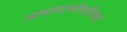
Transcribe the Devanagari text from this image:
आपल्याभोवतीच्या